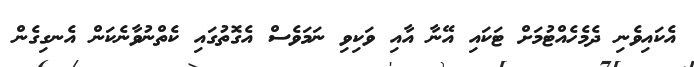
އެކައިވެނި ދެމެހެއްޓުމަށް ޓަކައި އޭނާ އާއި ވަކިވި ނަމަވެސް އެގޮތުގައި ކެތްނުވާނެކަން އެނގިގެން